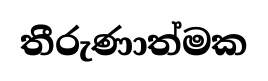
තීරුණාත්මක